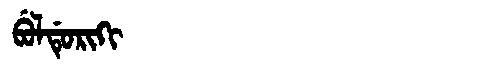
Manchu: ᠪᡠᠯᡩᡠᡵᡳᡴᡳ
Romanization: BULDURIKI